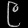
Digit: ၉